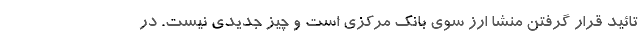
تائید قرار گرفتن منشا ارز سوی بانک مرکزی است و چیز جدیدی نیست. در